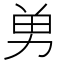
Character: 𭄫